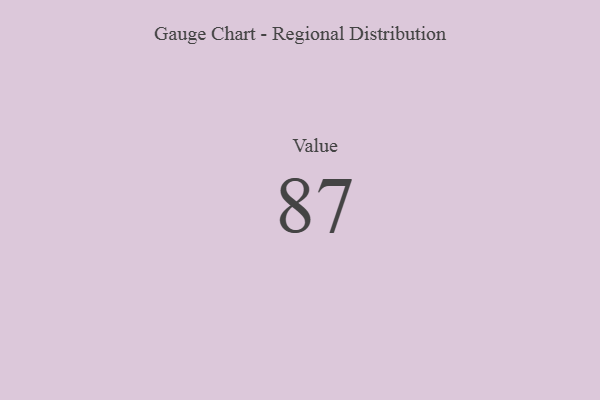
{"axis": {"x": "Metric", "y": "Value"}, "legend": [""], "data": [{"x": "Value", "y": 87, "type": ""}]}